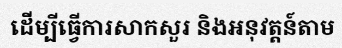
ដើម្បីធ្វើការសាកសួរ និងអនុវត្តន៍តាម